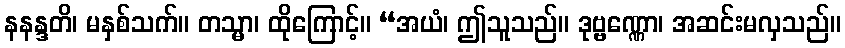
နနန္ဒတိ၊ မနှစ်သက်။ တသ္မာ၊ ထိုကြောင့်။ “အယံ၊ ဤသူသည်။ ဒုဗ္ဗဏ္ဏော၊ အဆင်းမလှသည်။